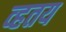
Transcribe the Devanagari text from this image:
व्हतय